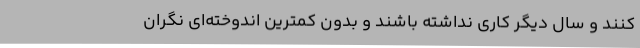
کنند و سال دیگر کاری نداشته باشند و بدون کمترین اندوخته‌ای نگران